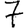
Digit: 7